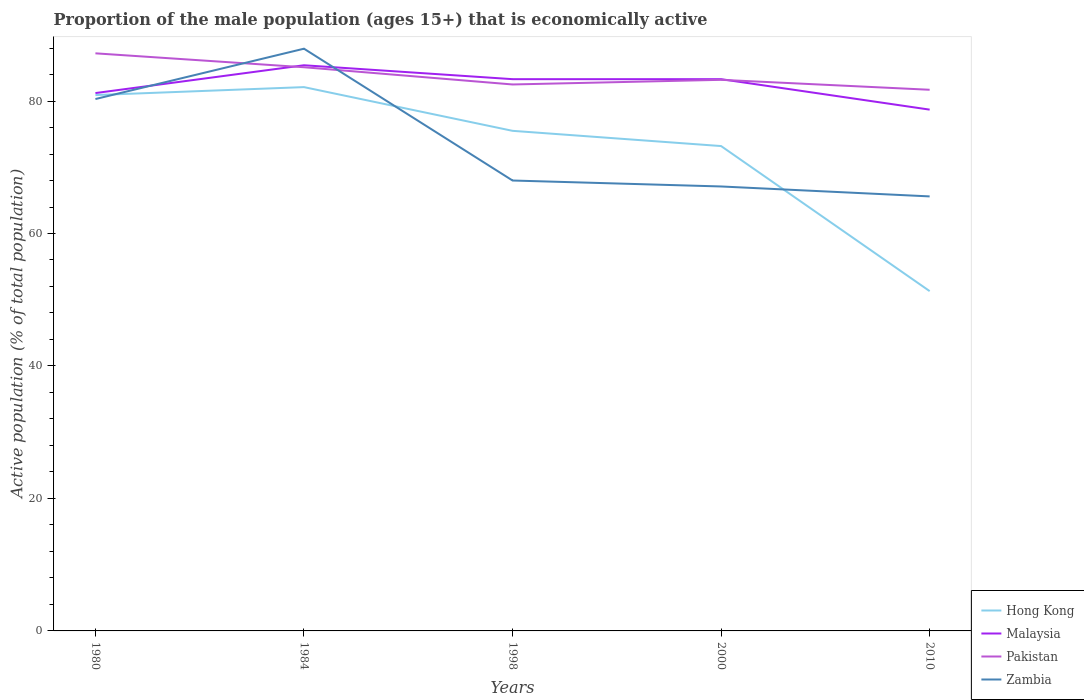
| Years | Hong Kong | Malaysia | Pakistan | Zambia |
 | --- | --- | --- | --- | --- |
 | 1980 | 80.9 | 81.2 | 87.2 | 80.3 |
 | 1984 | 82.1 | 85.4 | 85.1 | 87.9 |
 | 1998 | 75.5 | 83.3 | 82.5 | 68 |
 | 2000 | 73.2 | 83.3 | 83.2 | 67.1 |
 | 2010 | 51.3 | 78.7 | 81.7 | 65.6 |